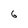
Character: 6